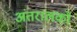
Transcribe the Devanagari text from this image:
अंतरालको